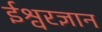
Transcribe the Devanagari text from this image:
ईश्वरज्ञान